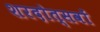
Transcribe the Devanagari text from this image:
शरदोत्सवों